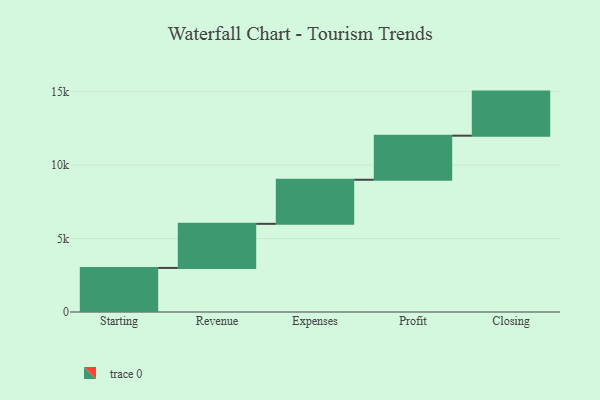
{"axis": {"x": "Step", "y": "Value"}, "legend": [""], "data": [{"x": "Starting", "y": 3000, "type": ""}, {"x": "Revenue", "y": 3000, "type": ""}, {"x": "Expenses", "y": 3000, "type": ""}, {"x": "Profit", "y": 3000, "type": ""}, {"x": "Closing", "y": 3000, "type": ""}]}